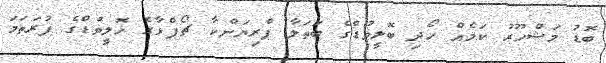
ބޮޑު މަޝްހޫރު ކަމެއް ހޯދި ބޮލީވުޑްގެ ބަތަލާ ޕްރިޔަންކާ ޗޯޕްޅާގެ ހޮލީވުޑްގެ ފުރަތަމަ